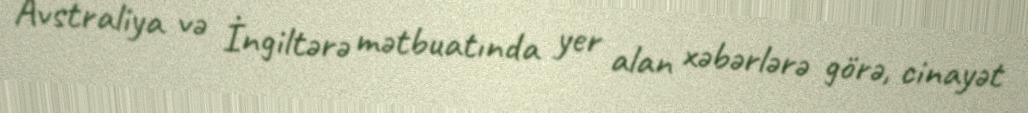
Avstraliya və İngiltərə mətbuatında yer alan xəbərlərə görə, cinayət